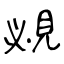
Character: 覕